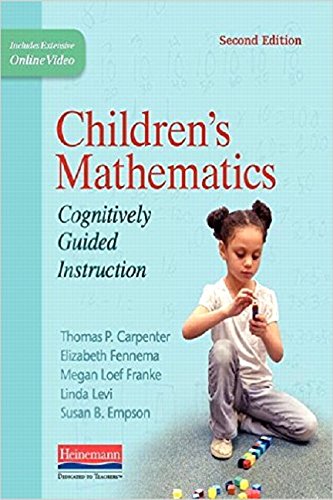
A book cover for Children's Mathematics, Second Edition: Cognitively Guided Instruction; Thomas P Carpenter; Education & Teaching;